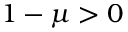
1 - \mu > 0